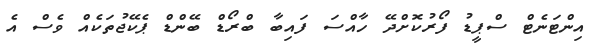
އިންޓަނެޓް ސްޕީޑު ފޯރުކޮށްދޭ ހާއްސަ ފައިބާ ބްރޯޑް ބޭންޑް ޕެކޭޖުތަކެއް ވެސް އެ